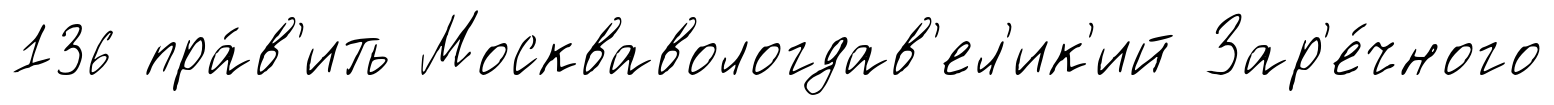
136 пра́в'ить Москвавологдав'ел'ик'ий Зар'е́чного